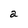
Character: a